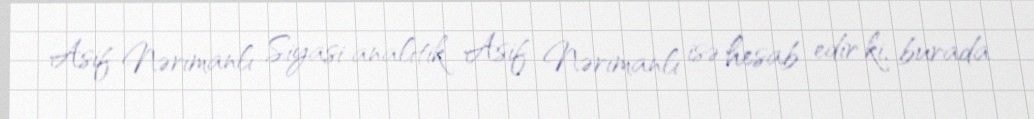
Asif Nərimanlı Siyasi analitik Asif Nərimanlı isə hesab edir ki, burada